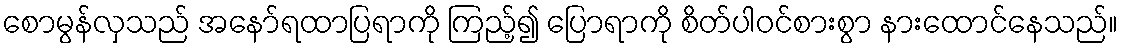
စောမွန်လှသည် အနော်ရထာပြရာကို ကြည့်၍ ပြောရာကို စိတ်ပါဝင်စားစွာ နားထောင်နေသည်။